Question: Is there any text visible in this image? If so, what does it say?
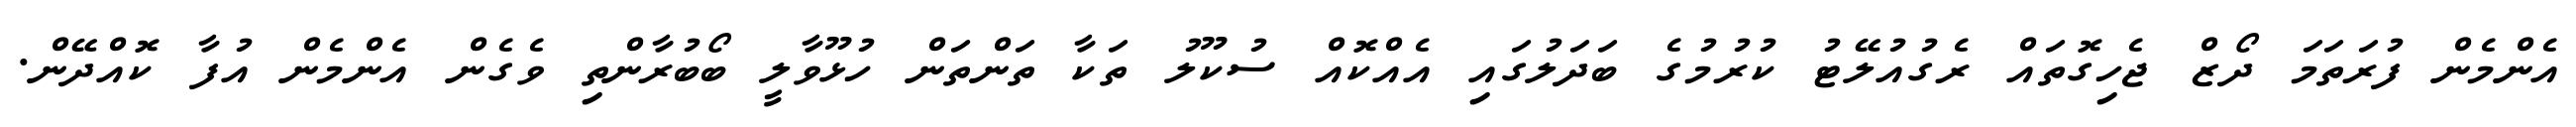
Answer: އެންމެން ފުރަތަމަ ދޯޒް ޖެހިގޮތައް ރެގުއުލޭޓު ކުރުމުގެ ބަދަލުގައި އެއްކޮއް ސުކޫލު ތަކާ ތަންތަން ހުޅޫވާލީ ބޯބުރާންތި ވެގެން އެންމެން އުފާ ކޮއްދޭން.